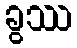
ခွဿ